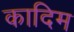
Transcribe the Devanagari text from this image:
कादिम